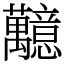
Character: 䖁